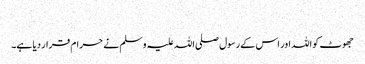
​
جھوٹ کو اللہ اور اس کے رسول صلی اللہ علیہ وسلم نے حرام قرار دیا ہے۔